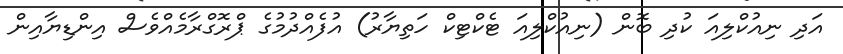
އަދި ނިއުކްލިއަ ކުދި ބޮން (ނިއުކްލިއަ ޓެކްޓިކް ހަތިޔާރު) އުފެއްދުމުގެ ޕްރޮގްރާމެއްވެސް އިންޑިޔާއިން